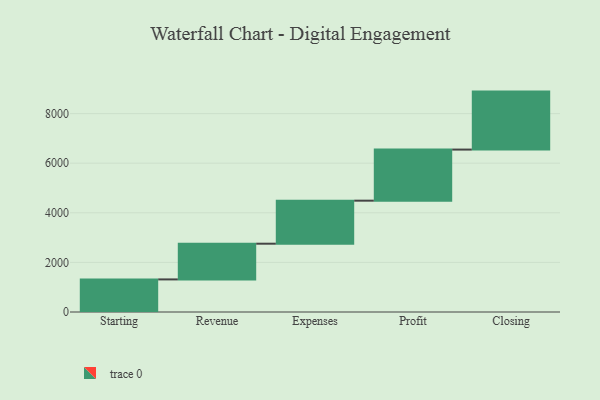
{"axis": {"x": "Step", "y": "Value"}, "legend": [""], "data": [{"x": "Starting", "y": 1314.0, "type": ""}, {"x": "Revenue", "y": 1440.0, "type": ""}, {"x": "Expenses", "y": 1735.0, "type": ""}, {"x": "Profit", "y": 2060.0, "type": ""}, {"x": "Closing", "y": 2338.0, "type": ""}]}